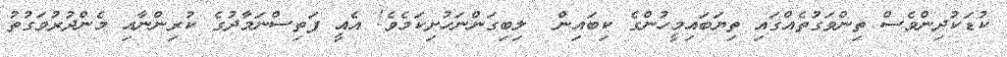
ކުޑަކުދިންވެސް ތިންވަގުތެއްގައި ތިޔަބައިމީހުންގެ ކިބައިން  ލިބިގަންނަހުށިކަމެވެ! އެއީ ފަތިސްނަމާދުގެ ކުރިންނާއި މެންދުރުވަގުތު